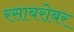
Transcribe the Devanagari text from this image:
रसाबरोबर